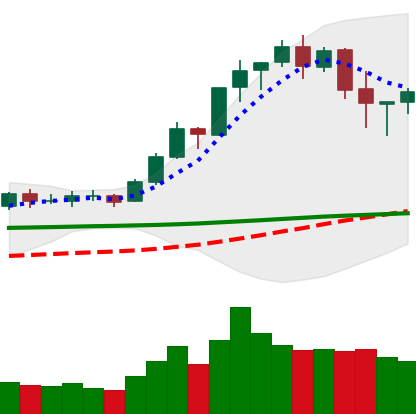
Ticker: BNB-USD
Chart end date: 2020-02-18
Forward return: -5.11%
Label: down_5_7